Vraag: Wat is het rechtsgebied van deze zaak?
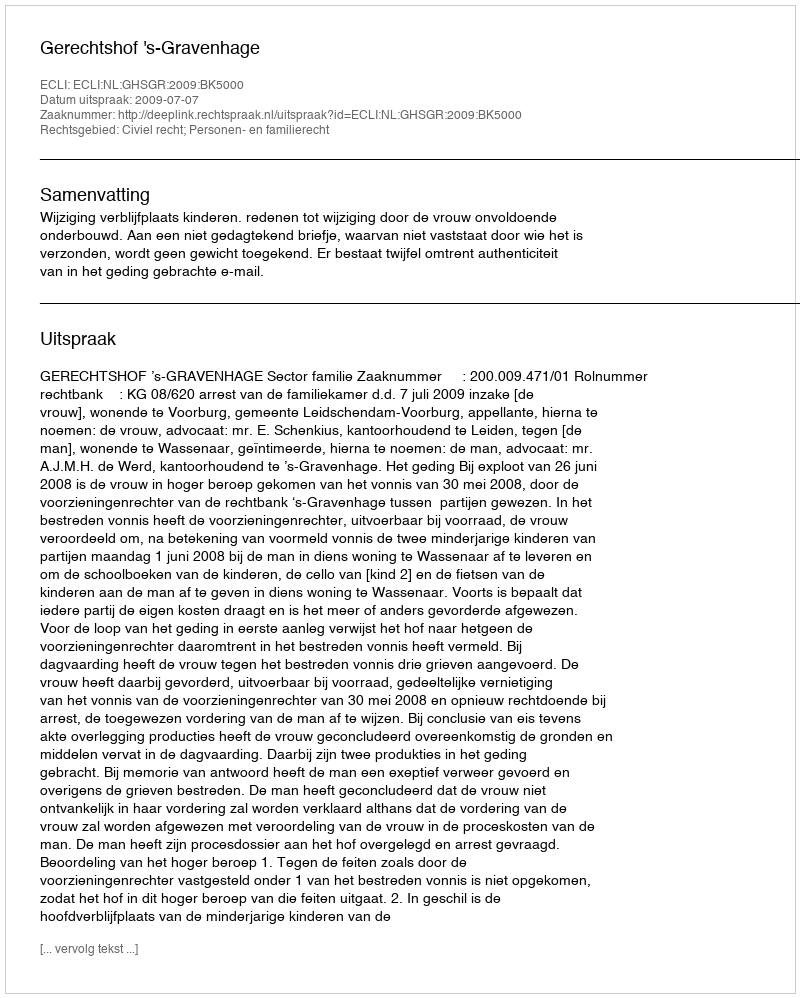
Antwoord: Civiel recht; Personen- en familierecht